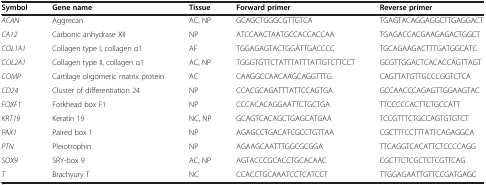
| Symbol | Gene name | Tissue | Forward primer | Reverse primer |
 | --- | --- | --- | --- | --- |
 | ACAN | Aggrecan | AC, NP | GCAGCTGGGCGTTGTCA | TGAGTACAGGAGGCTTGAGGACT |
 | CA12 | Carbonic anhydrase XII | NP | ATCCAACTAATGCCACCACCAA | TGAGACCACGAAGAGACTGGCT |
 | COL1A1 | Collagen type I, collagen α1 | AF | TGGAGAGTACTGGATTGACCCC | TGCAGAAGACTTTGATGGCATC |
 | COL2A1 | Collagen type II, collagen α1 | AC, NP | TGGGTGTTCTATTTATTTATTGTCTTCCT | GCGTTGGACTCACACCAGTTAGT |
 | COMP | Cartilage oligomeric matrix protein | AC | CAAGGCCAACAAGCAGGTTTG | CAGTTATGTTGCCCGGTCTCA |
 | CD24 | Cluster of differentiation 24 | NP | CCACGCAGATTTATTCCAGTGA | GCCAACCCAGAGTTGGAAGTAC |
 | FOXF1 | Forkhead box F1 | NP | CCCACACAGGAATTCTGCTGA | TTCCCCCACTTCTGCCATT |
 | KRT19 | Keratin 19 | NC, NP | GCAGTCACAGCTGAGCATGAA | TCCGTTTCTGCCAGTGTGTCT |
 | PAX1 | Paired box 1 | NP | AGAGCCTGACATCGCCTGTTAA | CGCTTTCCTTTATTCAGAGGCA |
 | PTN | Pleiotrophin | NP | AGAAGCAATTTGGCGCGGA | TTCAGGTCACATTCTCCCCAGG |
 | SOX9 | SRY-box 9 | AC, NP | AGTACCCGCACCTGCACAAC | CGCTTCTCGCTCTCGTTCAG |
 | T | Brachyury T | NC | CCACCTGCAAATCCTCATCCT | TTGGAGAATTGTTCCGATGAGC |